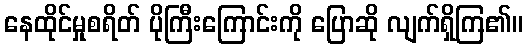
နေထိုင်မှုစရိတ် ပိုကြီးကြောင်းကို ပြောဆို လျက်ရှိကြ၏။